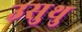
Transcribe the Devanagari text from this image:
उसुथु